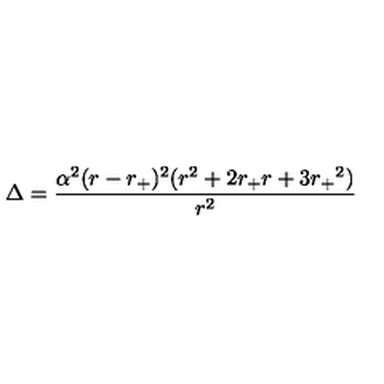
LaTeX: \Delta = \frac { \alpha ^ { 2 } ( r - { r _ { + } } ) ^ { 2 } ( r ^ { 2 } + 2 r _ { + } r + 3 { r _ { + } } ^ { 2 } ) } { r ^ { 2 } }